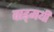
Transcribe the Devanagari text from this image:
वाड्मयी